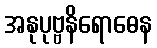
အနုပုဗ္ဗနိရောဓေန